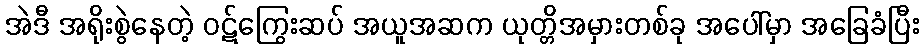
အဲဒီ အရိုးစွဲနေတဲ့ ဝဋ်ကြွေးဆပ် အယူအဆက ယုတ္တိအမှားတစ်ခု အပေါ်မှာ အခြေခံပြီး